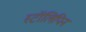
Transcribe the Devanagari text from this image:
स्टॉलिपिन